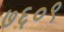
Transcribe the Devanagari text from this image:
७६०९